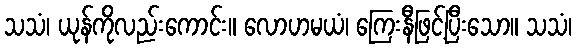
သသံ၊ ယုန်ကိုလည်းကောင်း။ လောဟမယံ၊ ကြေးနီဖြင့်ပြီးသော။ သသံ၊